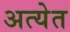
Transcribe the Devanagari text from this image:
अत्येत